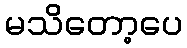
မသိတော့ပေ